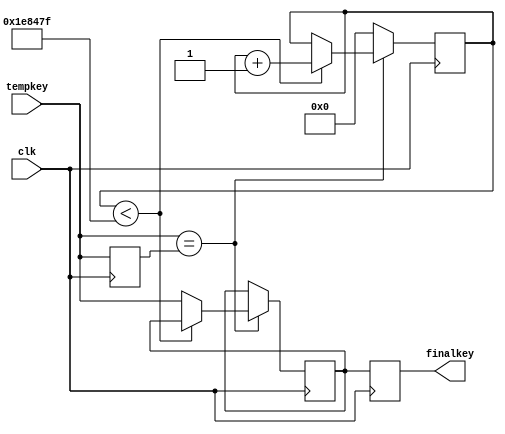
module debounce(
    input clk,
    // input [15:0] tempkey,
    input tempkey,
    // output reg [15:0] finalkey
    output reg finalkey
    );
    
    // reg [15:0] key_prev;
    reg key_prev;
    // reg [15:0] key_debounced;
    reg key_debounced;
    reg [23:0] debounce_counter;
    
    always @(posedge clk) begin
        if (tempkey == key_prev) begin
            if (debounce_counter < 24'd1_999_999) begin
                debounce_counter <= debounce_counter + 1;
            end else begin
                key_debounced <= tempkey;
            end
        end else begin
            debounce_counter <= 0;
        end
        key_prev <= tempkey;
    end
    
    always @(posedge clk) begin
        finalkey <= key_debounced;
    end

endmodule